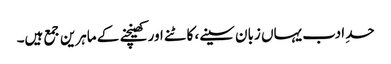
حدِ ادب یہاں زبان سینے، کاٹنے اور کھینچنے کے ماہرین جمع ہیں۔